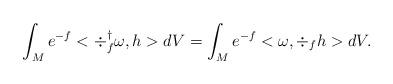
LaTeX: \begin{align*} \int_M e^{-f} <\div_f^{\dagger}\omega, h>dV= \int_M e^{-f}<\omega, \div_f h>dV.\end{align*}